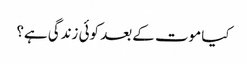
کیا موت کے بعد کوئی زندگی ہے؟